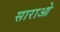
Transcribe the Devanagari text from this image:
साराओ